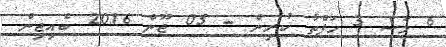
6 މަސް 3 ހަފްތާ ކުރިން - 05 ޖޫން 2016 ބެއިޖިން